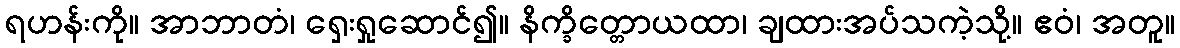
ရဟန်းကို။ အာဘာတံ၊ ရှေးရှုဆောင်၍။ နိက္ခိတ္တောယထာ၊ ချထားအပ်သကဲ့သို့။ ဧဝံ၊ အတူ။